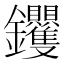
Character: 𮣰